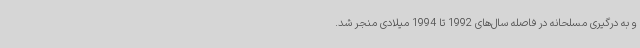
و به درگیری مسلحانه در فاصله سال‌های 1992 تا 1994 میلادی منجر شد.